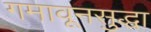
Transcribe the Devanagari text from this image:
गमावूनसुद्धा